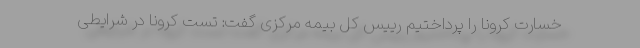
خسارت کرونا را پرداختیم رییس کل بیمه مرکزی گفت: تست کرونا در شرایطی